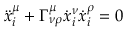
\ddot { x } _ { i } ^ { \mu } + \Gamma _ { \nu \rho } ^ { \mu } \dot { x } _ { i } ^ { \nu } \dot { x } _ { i } ^ { \rho } = 0